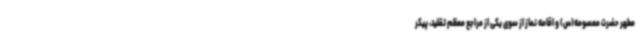
مطهر حضرت معصومه(س) و اقامه نماز از سوی یکی از مراجع معظم تقلید، پیکر